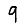
Digit: 9